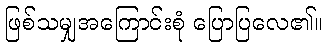
ဖြစ်သမျှအကြောင်းစုံ ပြောပြလေ၏။